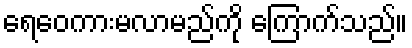
ရေဝေကားမလာမည်ကို ကြောက်သည်။